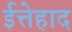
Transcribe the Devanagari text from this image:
ईत्तेहाद